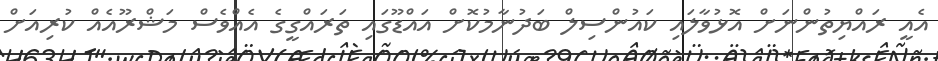
އެއީ ރައްޔިތުންނަށް އޮޅުވާލައި ކައުންސިލް ބަދުނާމުކޮށް އައްޑޫގައި ތަރައްގީގެ އެއްވެސް މަޝްރޫއެއް ކުރިއަށް